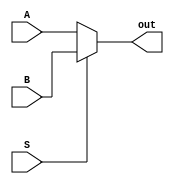
// 2-way Multiplexer of parametised bit width (WIDTH)
// S = 0: A output
// S = 1: B output
module multi_bit_multiplexer_2way #(parameter WIDTH = 1) (
	A, B, S, out
);

input [WIDTH-1:0] A;
input [WIDTH-1:0] B;
input S;
output [WIDTH-1:0] out;

reg [WIDTH-1:0] o;

always @(A, B, S)
	if(S == 0)
		o = A;
	else 
		o = B;

assign out = o;
endmodule